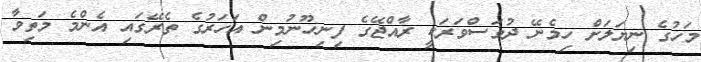
މަހުގެ ނިޔަލަށް ހިމެނޭ ދުވަސްވަރަކީ ރާއްޖޭގެ ފިނިހޫނުމިން އަހަރުގެ ތެރޭގައި އެންމެ މަތިވާ